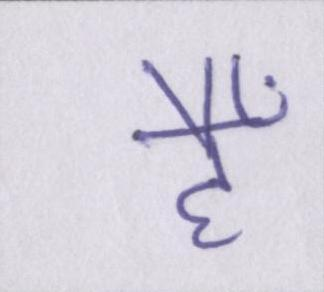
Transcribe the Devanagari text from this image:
हैँ